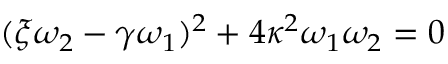
( \xi \omega _ { 2 } - \gamma \omega _ { 1 } ) ^ { 2 } + 4 \kappa ^ { 2 } \omega _ { 1 } \omega _ { 2 } = 0